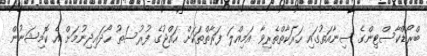
ބްރޯޑްކާސްޓިންގެ ސިނާއަތުގައި ހަރަކާތްތެރިވާ އަމިއްލަ ފަރާތްތަކަށް ހައްޖުގެ ފުރުސަތު ހޯދައިދިނުމަށް އެ ކޮމިޝަނުން